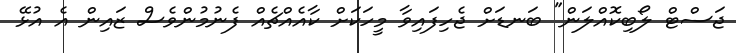
ޖަސްޓް ލޯބިކޮއްލަން" ބަނޑަށް ޖެހިފައިވާ މީހަކަށް ކާއެއްޗެއް ފެނުމުންވެސް ޒައިން އެ އުޅޭ